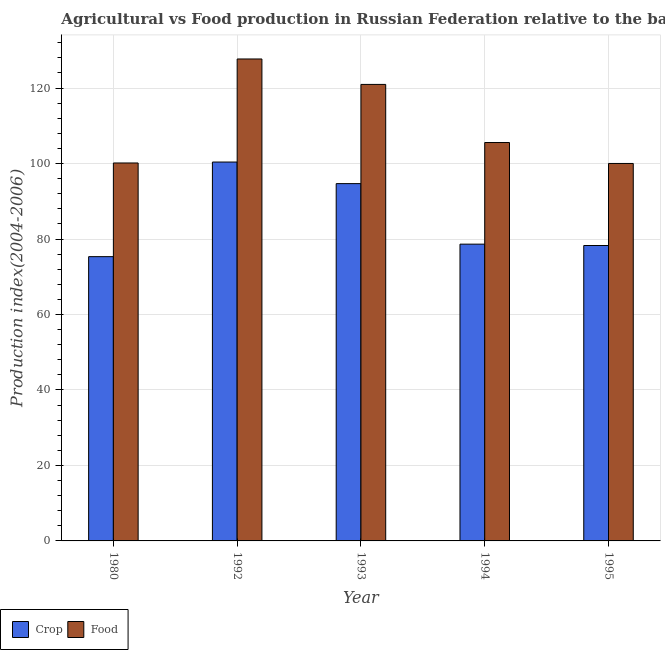
| Year | Crop | Food |
 | --- | --- | --- |
 | 1980 | 75.3 | 100 |
 | 1992 | 100 | 128 |
 | 1993 | 94.7 | 121 |
 | 1994 | 78.6 | 106 |
 | 1995 | 78.3 | 100 |